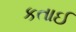
કતાઈ